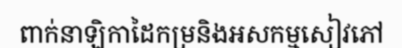
ពាក់នាឡិកាដៃកម្រនិងអសកម្មសៀវភៅ